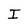
Character: I